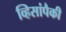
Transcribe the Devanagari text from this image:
व्हिसांपैकी